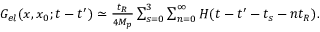
\begin{array} { r } { G _ { e l } ( x , x _ { 0 } ; t - t ^ { \prime } ) \simeq \frac { t _ { R } } { 4 M _ { p } } \sum _ { s = 0 } ^ { 3 } \sum _ { n = 0 } ^ { \infty } H ( t - t ^ { \prime } - t _ { s } - n t _ { R } ) . } \end{array}